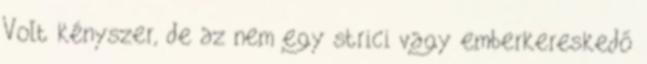
Volt kényszer, de az nem egy strici vagy emberkereskedő